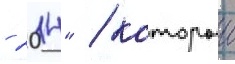
- 2014" / которыи